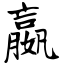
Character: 嬴